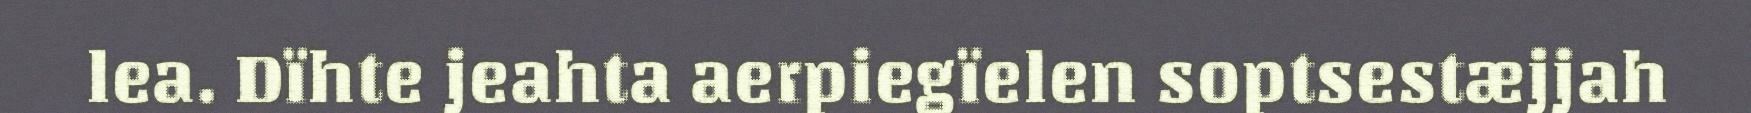
lea. Dïhte jeahta aerpiegïelen soptsestæjjah